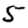
Digit: 5